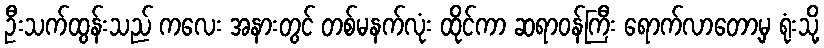
ဦးသက်ထွန်းသည် ကလေး အနားတွင် တစ်မနက်လုံး ထိုင်ကာ ဆရာဝန်ကြီး ရောက်လာတော့မှ ရုံးသို့